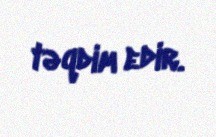
təqdim edir.